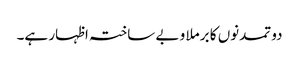
دو تمدنوں کا برملا و بے ساختہ اظہار ہے۔